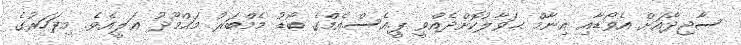
ސާޖިދާއަށް އެވޯޑާއި އިނާމް ޙަވާލުކޮށްދެއްވީ ޕީ.އެސް.އެމްގެ ބޯޑު މެމްބަރު މަޙްމޫދު ޢަލީއެވެ. މިފަހަރުގެ